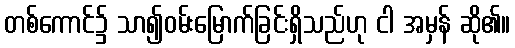
တစ်ကောင်၌ သာ၍ဝမ်းမြောက်ခြင်းရှိသည်ဟု ငါ အမှန် ဆို၏။